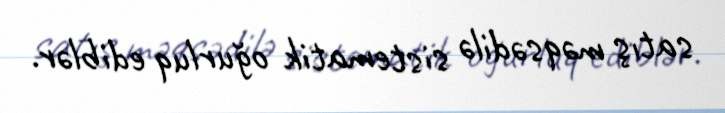
satış məqsədilə sistematik oğurluq ediblər.